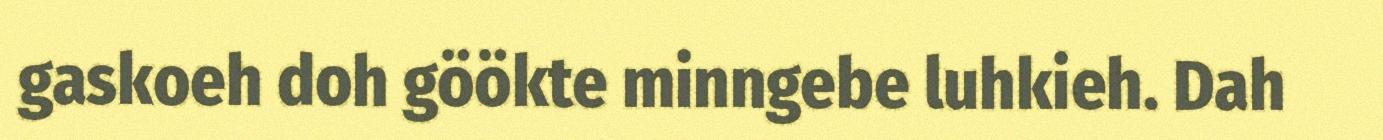
gaskoeh doh göökte minngebe luhkieh. Dah